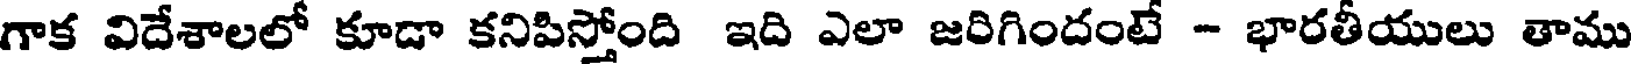
గాక విదేశాలలో కూడా కనిపిస్తోంది ఇది ఎలా జరిగిందంటే - భారతీయులు తాము